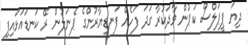
ދިޔަ ޕީޕަލްސް ކަޕުން ވާދަކުރާ ގަދަ ފަހެއް ފަނޑިޔާރުންގެ ޕެނަލުން ރޭ ކަނޑައަޅައިފި